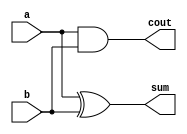
module half_adder_rtl
( output reg cout,sum,
  input a,b
  );

always@*
begin  

cout=a&b;

sum=a^b;

end

endmodule